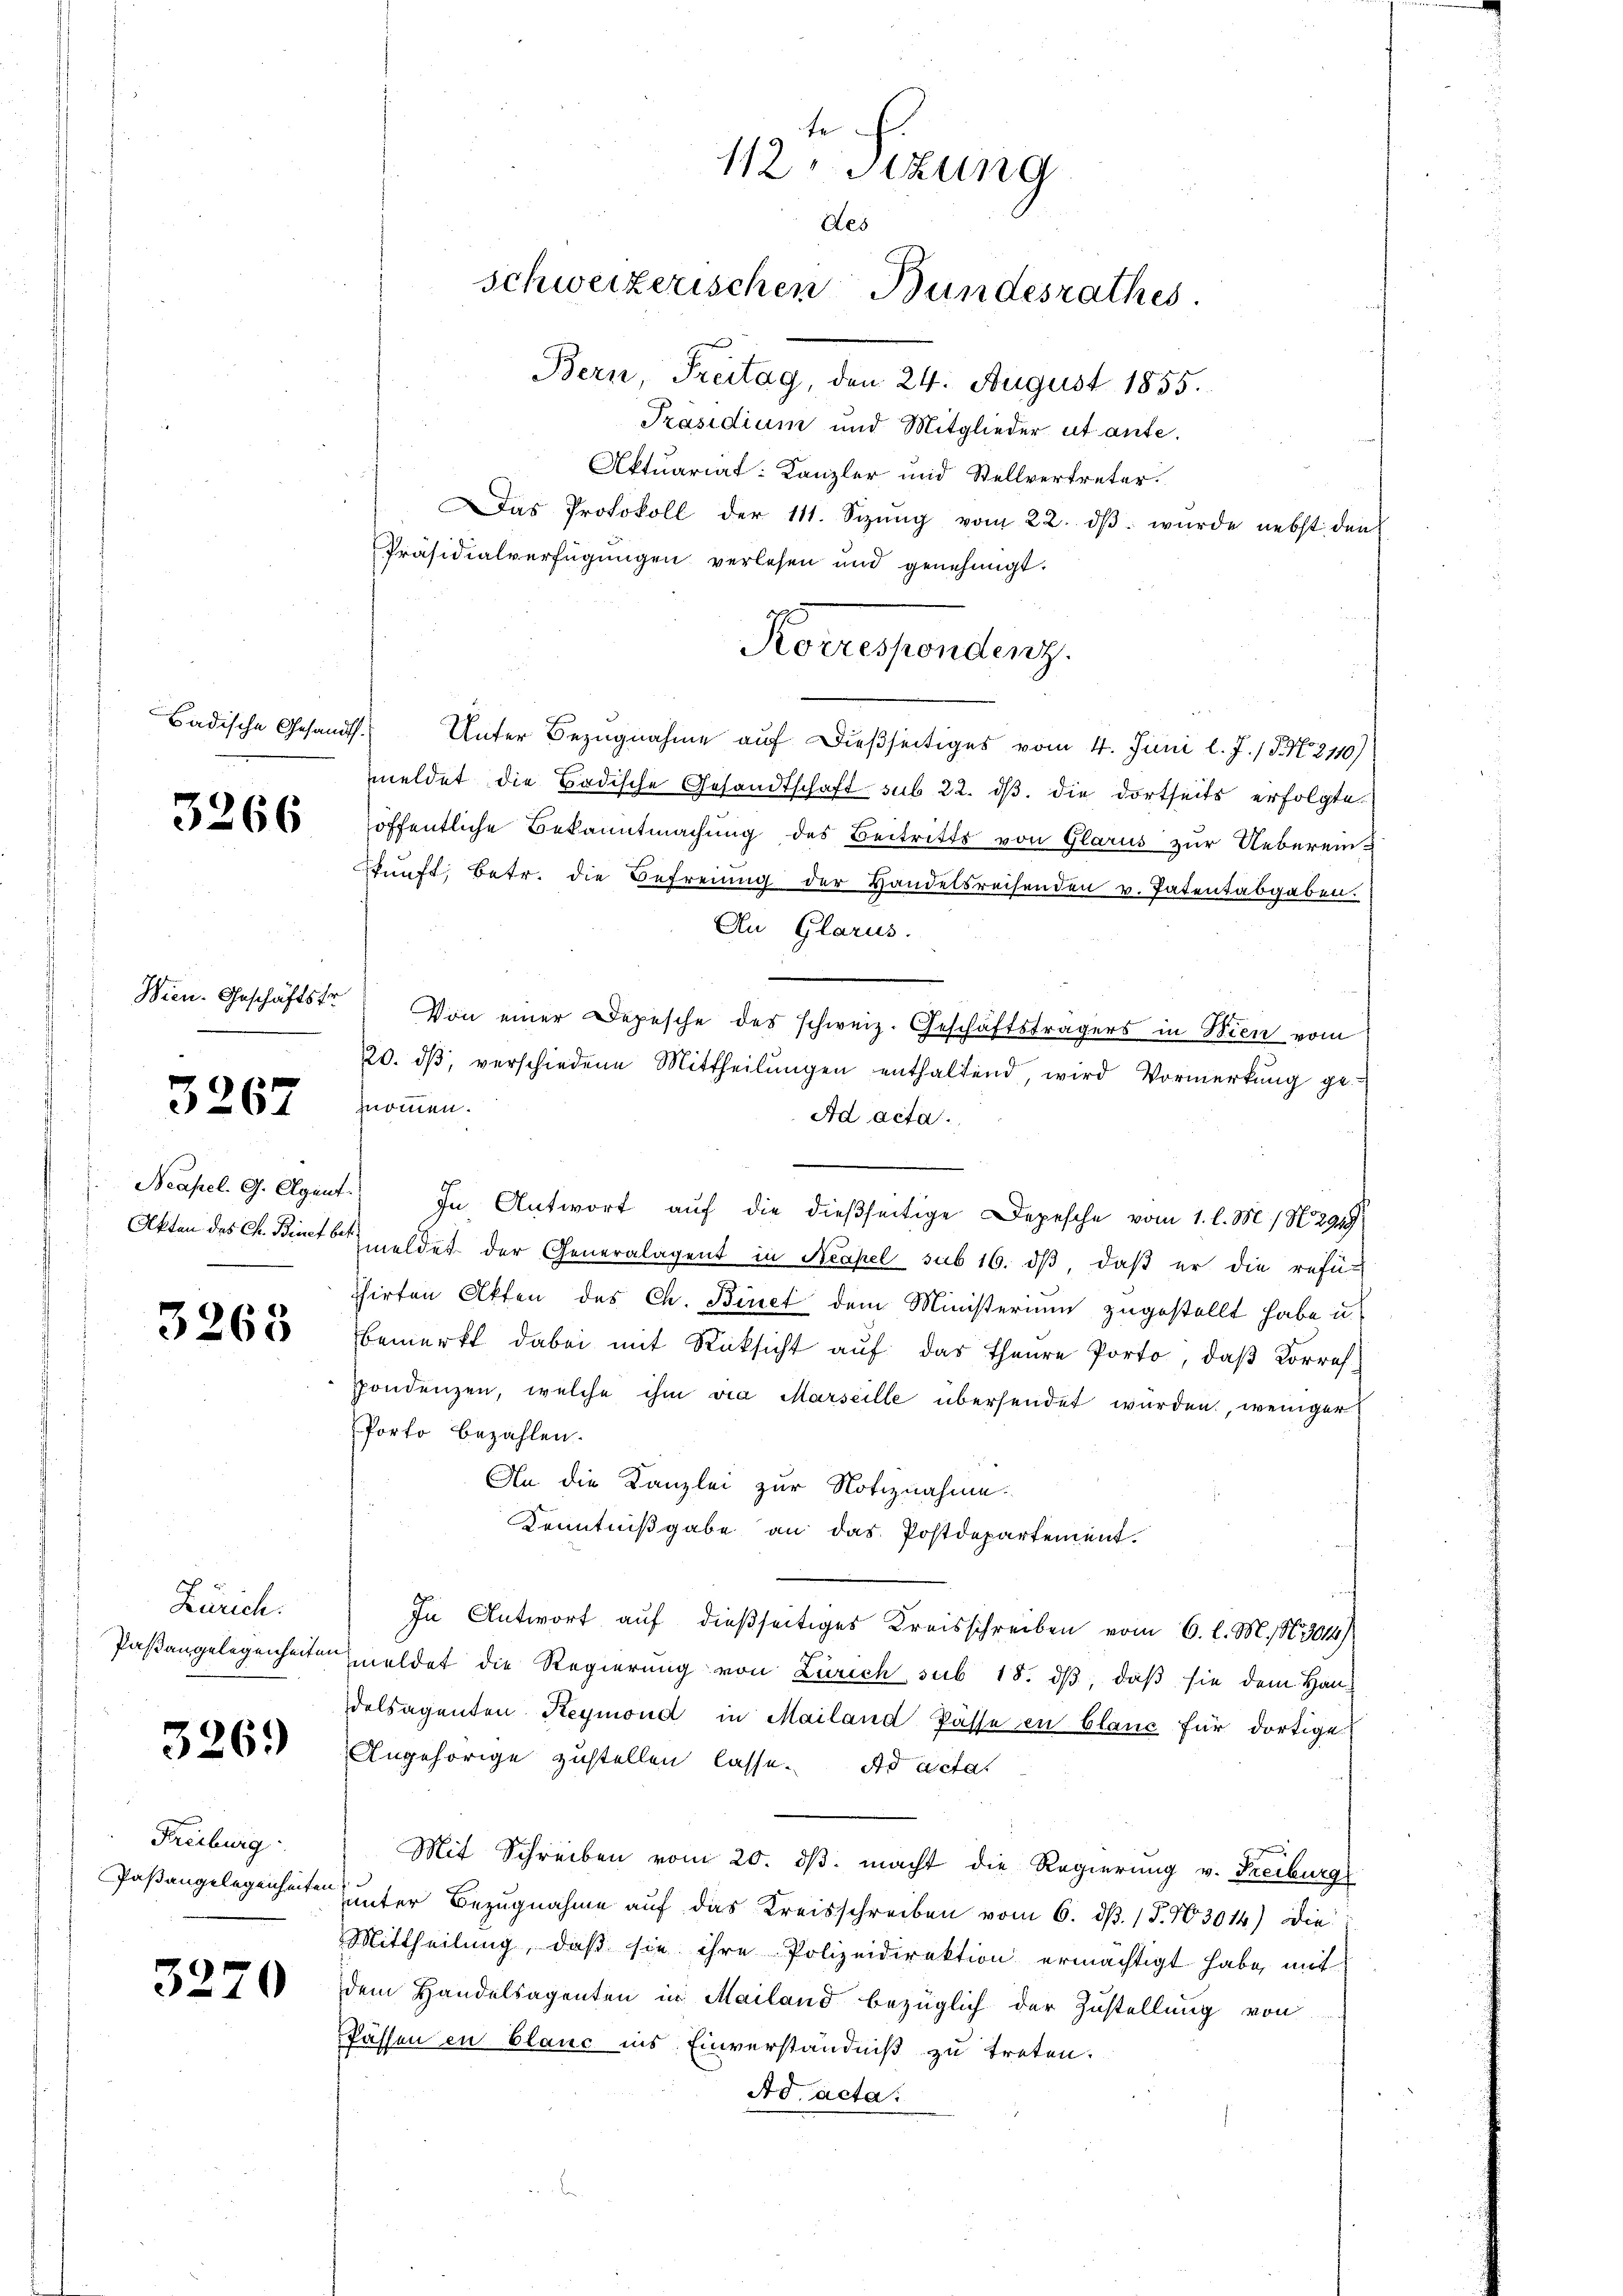
Badische Gesandt.

3266

Wien. Geschäftsfr.

3267

3265

Zürich.
Paßangelegenheiten

326.)

Freiburg
Paßangelegenheiten

3270

f
12 Stzung
des
schweizerischen Bundesrathes.
Bern, Freitag, den 24. August 1855.

Präsidium und Mitglieder ut aufe.
Aktuariat Kanzler und Stellvertreter.
Das Protokoll der 111. Sizŭng vom 22. dβ. wurde nebst den
Präsidialverfügungen verlesen und genehmigt.
Unter Bezugnahme auf dießseitiges vom 4. Juni l. J. / 5. No. 2110)
meldet die Badische Gesandtschaft sub 22. dβ. die dortseits erfolgte
öffentliche Bekanntmachung des Beitritts von Glarus zur Ueberein¬
Punft, betr. die Befreiung der Handelsreisenden v. Patentabgaben.
An Glarus.
Von einer Depesche des schweiz. Geschäftsfragers in Wien vom
20. dβ, verschiedene Mittheilŭngen enthaltend, wird Vormerkŭng ge-
znommen.
Ad acta.

Neapel. G. Agent. In Antwort auf die dießseitige Depesche vom 1. l. M. / N. 2949
Akten des Ch. Bitte meldet der Generalagent in Neapel sub 16. ds, daß er die refüchirten Akten des Ch. Binet dem Ministerium zugestellt habe u.
bemerkt dabei mit Rücksicht auf das Theure Porto, daß Korrefpondenzen, welche ihm via Marseille übersendet wurden, weniger
Porto bezahlen.
An die Kanzlei zur Notiznahme.
Kenntnißgabe an das Postdepartement.
In Antwort auf dießseitiges Kreisschreiben vom 6. l. M. N. 3014)
Emeldet die Regierung von Zürich sub 18. ds, daß sie dem Handelsagenten Reymond in Mailand Pässe in blanc für dortige
Angehörige zustellen lasse. Ad acta
Mit Schreiben vom 20. ds. macht die Regierung v. Freiburg
unter Bezugnahme auf das Kreisschreiben vom 6. d. 1 S. 13014) die
Mittheilŭng, daβ sie ihre Polizeidirektion ermächtigt habe, mit
dem Handelsagenten in Mailand bezüglich der Zustellung von
Pässen in blanc ins Einverständniß zu treten.
Ad acta.

Roeressendenz.